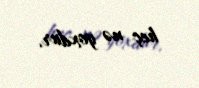
heç nə yoxdur.